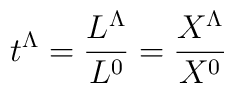
t^\Lambda = {L^\Lambda\over L^0} = {X^\Lambda\over X^0}